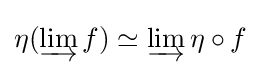
\eta (\varinjlim f)\simeq \varinjlim \eta \circ f